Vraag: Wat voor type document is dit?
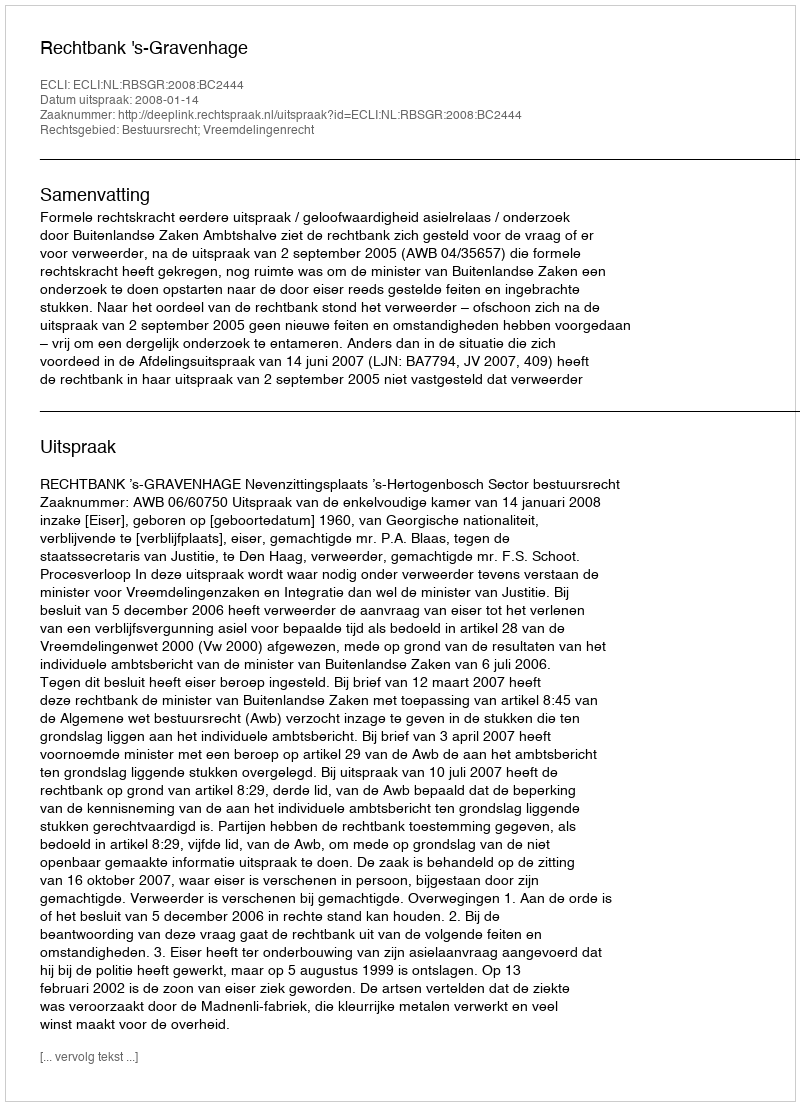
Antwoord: Uitspraak